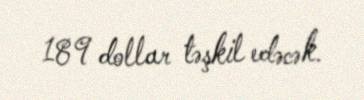
189 dollar təşkil edəcək.